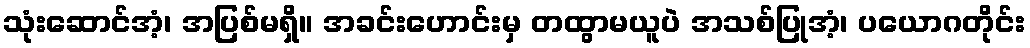
သုံးဆောင်အံ့၊ အပြစ်မရှိ။ အခင်းဟောင်းမှ တထွာမယူပဲ အသစ်ပြုအံ့၊ ပယောဂတိုင်း